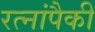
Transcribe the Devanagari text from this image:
रत्नांपैकी